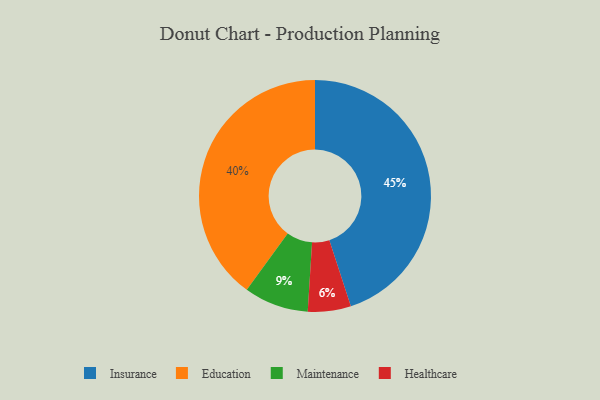
{"axis": {"x": "Category", "y": "Percentage"}, "legend": ["Education", "Healthcare", "Insurance", "Maintenance"], "data": [{"x": "Insurance", "y": 45, "type": "Insurance"}, {"x": "Healthcare", "y": 6, "type": "Healthcare"}, {"x": "Education", "y": 40, "type": "Education"}, {"x": "Maintenance", "y": 9, "type": "Maintenance"}]}